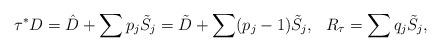
LaTeX: \begin{align*} \tau^*D=\hat{D}+\sum p_j\tilde{S}_j=\tilde{D}+\sum(p_j-1)\tilde{S}_j, \ \ R_\tau=\sum q_j\tilde{S}_j,\end{align*}